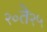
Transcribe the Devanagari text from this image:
२०ते२५